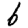
Digit: 6